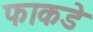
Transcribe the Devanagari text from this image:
फाकडे